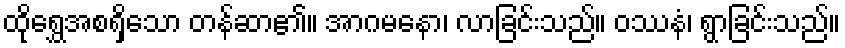
ထိုရွှေအစရှိသော တန်ဆာ၏။ အာဂမနော၊ လာခြင်းသည်။ ဝဿနံ၊ ရွာခြင်းသည်။